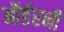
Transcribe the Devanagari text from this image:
ऑर्डरनी